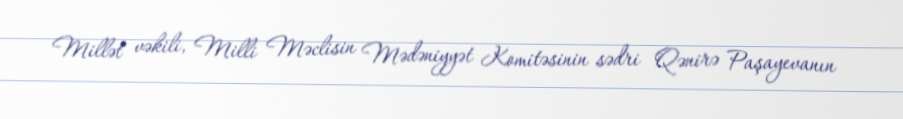
Millət vəkili, Milli Məclisin Mədəniyyət Komitəsinin sədri Qənirə Paşayevanın